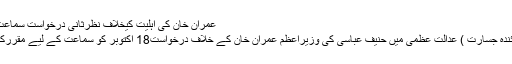
عمران خان کی اہلیت کیخلاف نظرثانی درخواست سماعت کیلیے مقرر
اسلام آباد (نمائندہ جسارت ) عدالت عظمیٰ میں حنیف عباسی کی وزیراعظم عمران خان کے خلاف درخواست18 اکتوبر کو سماعت کے لیے مقررکردی گئی ہے۔